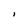
Character: i